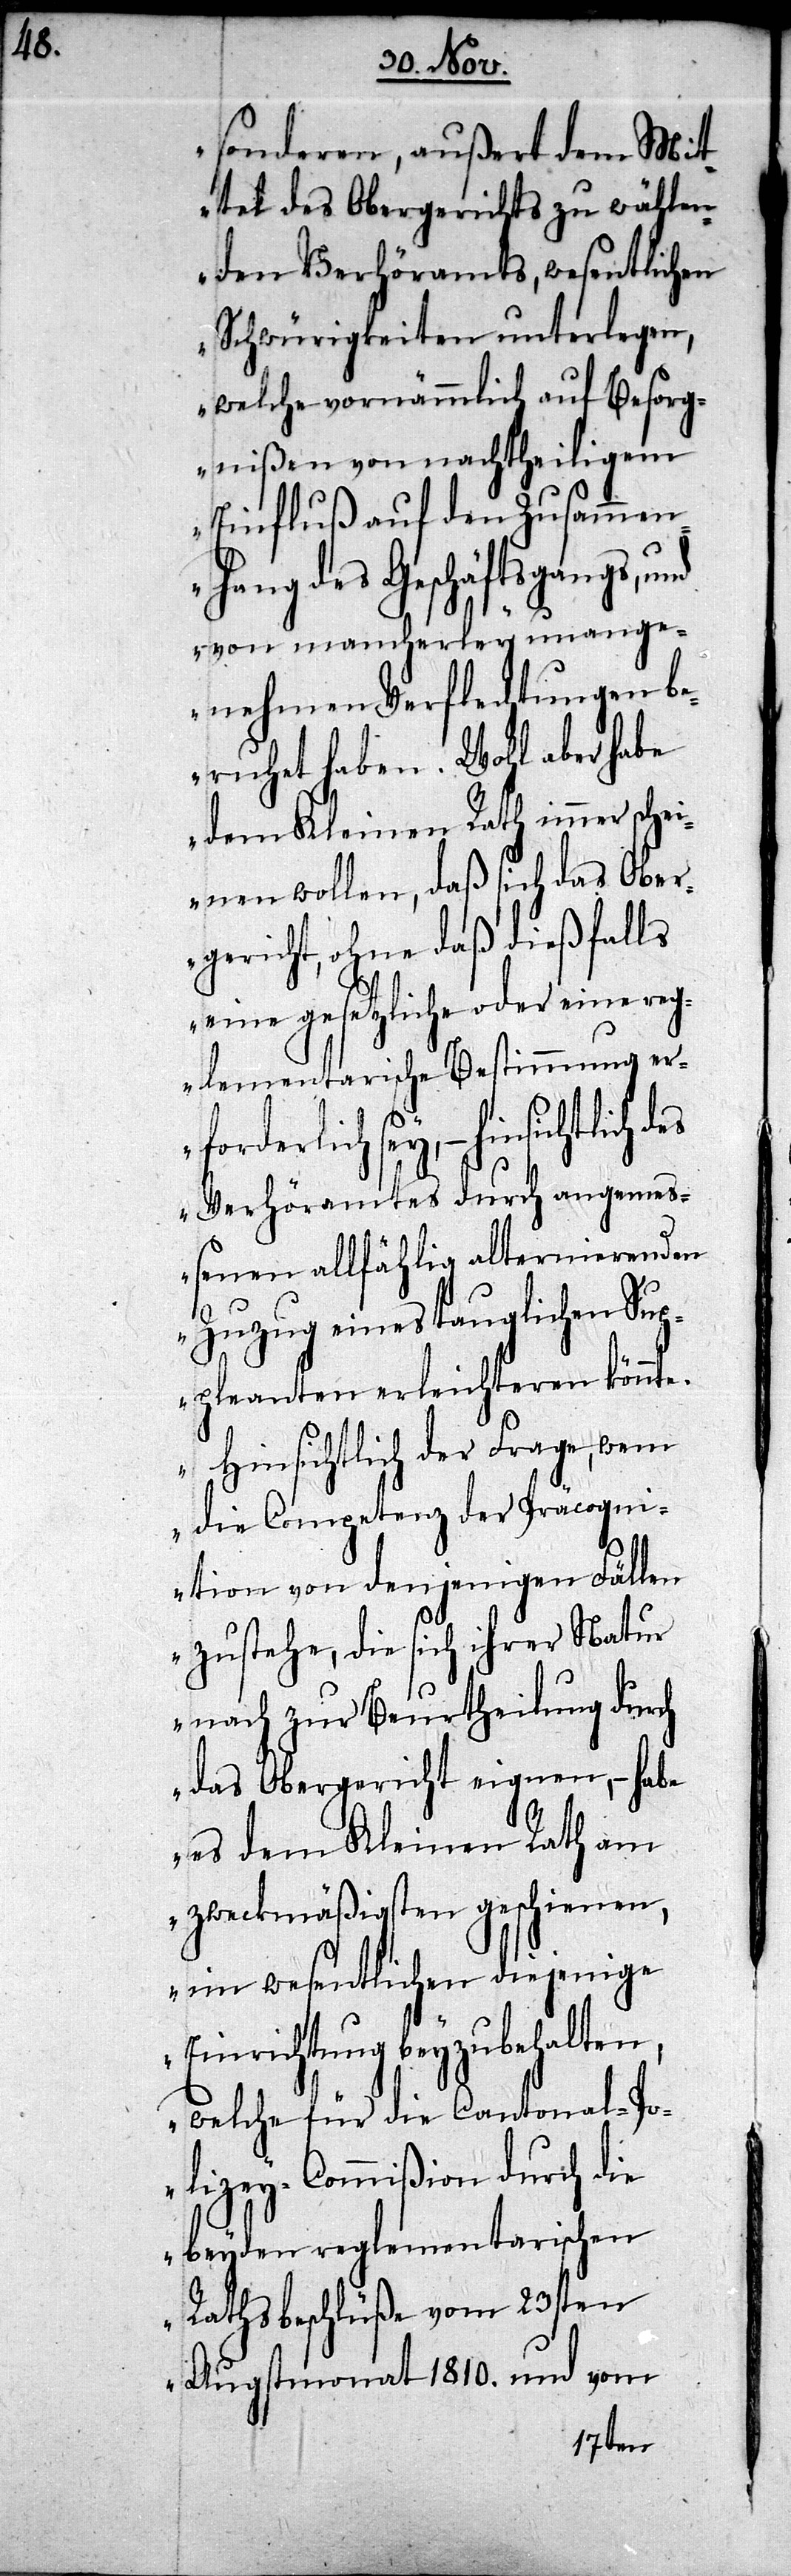
sonderen, außert dem Mit¬
tel des Obergerichts zu wählen¬
den Verhöramts, wesentlichen
Schwürigkeiten unterlegen,
welche vornämmlich auf Besorg¬
nißen von nachtheiligem
Einfluß auf den Zusammen¬
hang des Geschäftsgangs, und
von mancherley unang¬
enehmen Verflechtungen be¬
richtet haben. Wohl aber habe
dem Kleinen Rath immer sche¬
inen wollen, daß sich das Ober¬
gericht, ohne daß dießfalls
eine gesetzliche oder eine reg¬
lementarische Bestimmung er¬
forderlich sey, – hinsichtlich
Verhöramtes durch angemeß¬
enen allfählig alternierenden
Zuzug eines tauglichen Sup¬
pleanten erleichteren könnte.
Hinsichtlich der Frage, wem
die Competenz der Präcogni¬
tion von denjenigen Fällen
zustehe, die sich ihrer Natur
nach zur Beurtheilung durch
das Obergericht eignen, – habe
es dem Kleinen Rath am
zweckmäßigsten geschienen,
im wesentlichen diejenige
Einrichtung beyzubehalten,
welche für die Cantonal-Po¬
lizey-Commißion durch die
beyden reglementarischen
Rathsbeschlüße vom 23sten
Augstmonat 1810. und vom